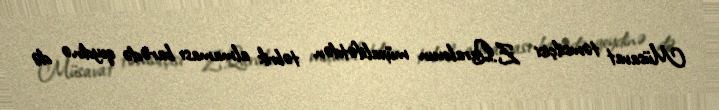
Müsavat təmsilçisi Z.Qaralovun müxalifətdən təbrik almaması barədə qeydinə də